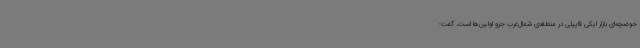
حوضچه‌ای بازار ایکی قاپیلی در منطقه‌ی شمال‌غرب جزو اولین‌ها است، گفت: